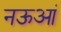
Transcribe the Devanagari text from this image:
नऊआं